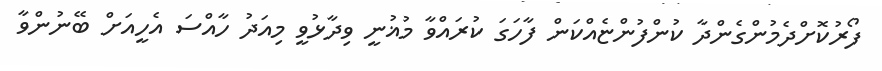
ފޯރުކޮށްދެމުންގެންދާ ކުންފުންޏެއްކަން ފާހަގަ ކުރައްވާ މުޣުނީ ވިދާޅުވީ މިއަދު ހާއްސަ އެހީއަށް ބޭނުންވާ